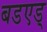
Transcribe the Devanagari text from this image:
बडएड्